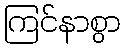
ကြင်နာစွာ